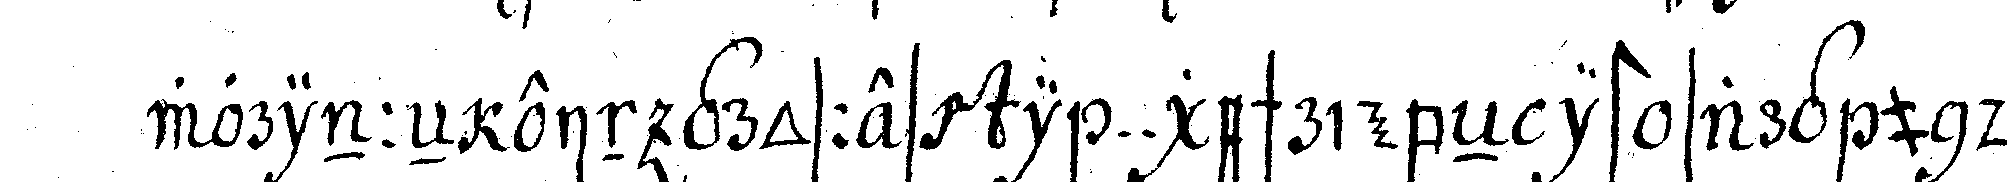
worinneN ein grosses i .. geschriebeN ist sarg und tod